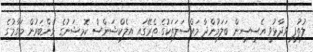
ލުތުފީ ވިދާޅުވީ އެސީސީން ބަލަމުންދާ މައްސަލަތަކުގެ ތެރޭގައި އިލެކްޝަންސް ކޮމިޝަނުގެ މެންބަރުން މަގާމުގެ